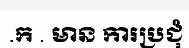
.ក . មាន ការប្រជុំ